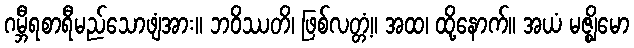
ဂမ္ဘီရစာရီမည်သောဖျံအား။ ဘဝိဿတိ၊ ဖြစ်လတ္တံ့။ အထ၊ ထို့နောက်။ အယံ မဇ္ဈိမော